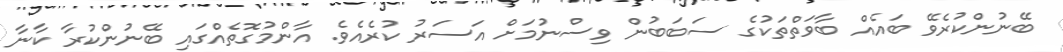
ބޭނުންކުރެވޭ ބައެއް ބާވަތްތަކުގެ ސަބަބުން ވިސްނުމަށް އަސަރު ކުރެއެވެ. އާންމުގޮތެއްގައި ބޭނުންކުރާ ކާނާ